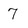
Character: 7